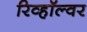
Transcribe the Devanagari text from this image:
रिव्हॉल्वर